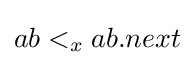
ab<_{x}ab.next